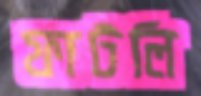
ফাটলি